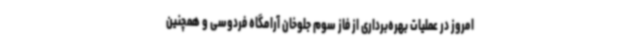
امروز در عملیات بهره‌برداری از فاز سوم جلوخان آرامگاه فردوسی و همچنین